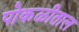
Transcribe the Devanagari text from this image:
पोकळीताल